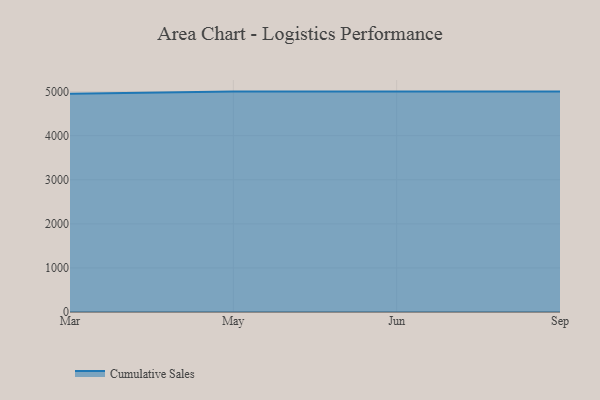
{"axis": {"x": "Month", "y": "Page Views"}, "legend": ["Cumulative Sales"], "data": [{"x": "Mar", "y": 4949.6, "type": "Cumulative Sales"}, {"x": "May", "y": 5000, "type": "Cumulative Sales"}, {"x": "Jun", "y": 5000, "type": "Cumulative Sales"}, {"x": "Sep", "y": 5000, "type": "Cumulative Sales"}]}